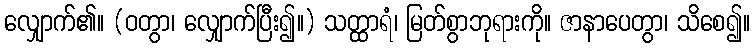
လျှောက်၏။ (ဝတွာ၊ လျှောက်ပြီး၍။) သတ္ထာရံ၊ မြတ်စွာဘုရားကို။ ဇာနာပေတွာ၊ သိစေ၍။